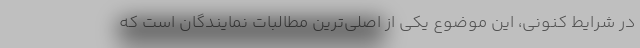
در شرایط کنونی، این موضوع یکی از اصلی‌ترین مطالبات نمایندگان است که